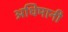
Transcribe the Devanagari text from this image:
अधिमानी